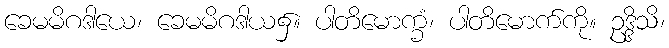
ခေမမိဂဒါယေ၊ ခေမမိဂဒါယ၌။ ပါတိမောက္ခံ၊ ပါတိမောက်ကို။ ဥဒ္ဒိသိ၊